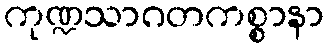
ကုဏ္ဍသာဂတကစ္စာနာ